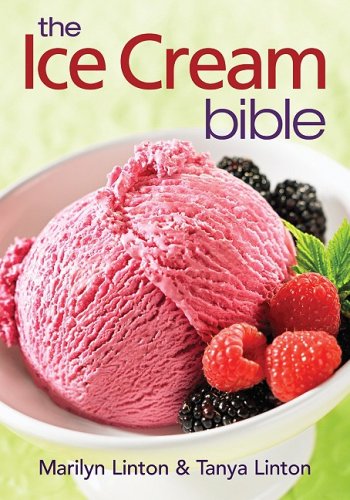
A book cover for The Ice Cream Bible; Marilyn Linton; Cookbooks, Food & Wine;